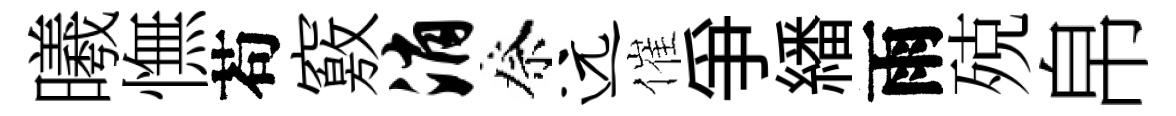
曦憮苟竅消祭远催爭繙雨殑帛